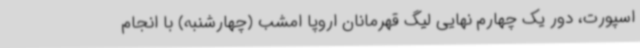
اسپورت، دور یک چهارم نهایی لیگ قهرمانان اروپا امشب (چهارشنبه) با انجام